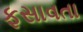
ફસાવતા